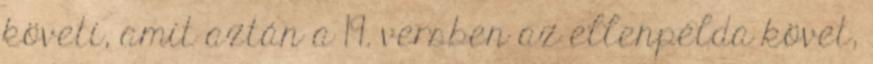
követi, amit aztán a 19. versben az ellenpélda követ,